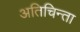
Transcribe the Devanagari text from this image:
अतिचिन्ता